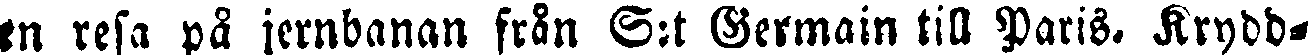
en resa på jernbanan från S:t Germain till Paris. Krydd-